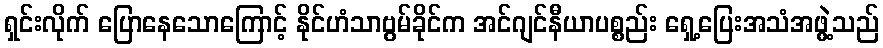
ရှင်းလိုက် ပြောနေသောကြောင့် နိုင်ဟံသာဗွမ်ခိုင်က အင်ဂျင်နီယာပစ္စည်း ရှေ့ပြေးအသံအဖွဲ့သည်